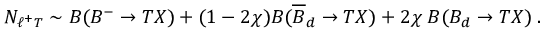
N _ { \ell ^ { + } T } \sim B ( B ^ { - } \rightarrow T X ) + ( 1 - 2 \chi ) B ( \overline { { B } } _ { d } \rightarrow T X ) + 2 \chi \; B ( B _ { d } \rightarrow T X ) \; .